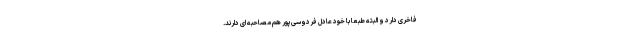
فاخری دارد و البته طبعا با خود عادل فردوسی‌پور هم مصاحبه ای دارند.